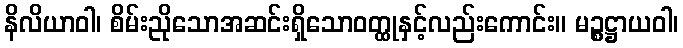
နိလိယာဝါ၊ စိမ်းညိုသောအဆင်းရှိသောဝတ္ထုနှင့်လည်းကောင်း။ မဉ္စဋ္ဌာယဝါ၊